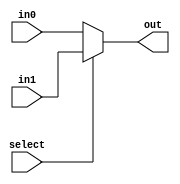
module Mux2_32b(out, select, in0, in1);
  input select;
  input [31:0] in0, in1;
  output wire [31:0] out;

  assign #10 out = select == 0? in0 : in1;
endmodule

module Mux4_32b(out, select, in0, in1, in2, in3);
  input [1:0] select;
  input [31:0] in0, in1, in2, in3;
  output wire [31:0] out;

  assign #10 out = (select == 2'd0)? in0 : (select == 2'd1)? in1 : (select == 2'd2)? in2 : (select == 2'd3)? in3 : 32'bx;
endmodule

module Mux4_5b(out, select, in0, in1, in2, in3);
  input [1:0] select;
  input [4:0] in0, in1, in2, in3;
  output wire [4:0] out;

  assign #10 out = (select == 2'd0)? in0 : (select == 2'd1)? in1 : (select == 2'd2)? in2 : (select == 2'd3)? in3 : 4'bx;
endmodule